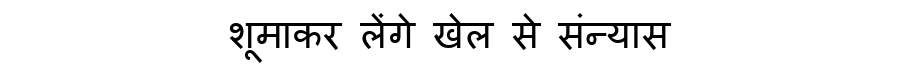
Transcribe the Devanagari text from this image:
शूमाकर लेंगे खेल से संन्यास